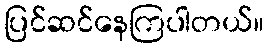
ပြင်ဆင်နေကြပါတယ်။